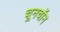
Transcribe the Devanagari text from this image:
चूनचॉन